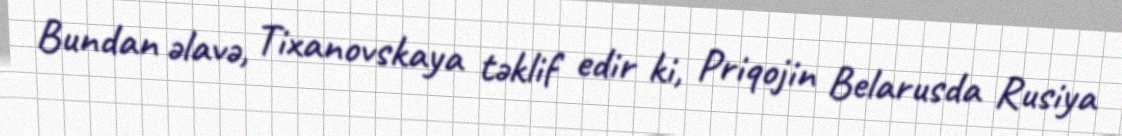
Bundan əlavə, Tixanovskaya təklif edir ki, Priqojin Belarusda Rusiya